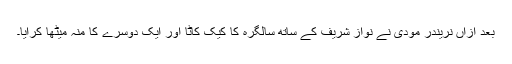
بعد ازاں نریندر مودی نے نواز شریف کے ساتھ سالگرہ کا کیک کاٹا اور ایک دوسرے کا منہ میٹھا کرایا۔